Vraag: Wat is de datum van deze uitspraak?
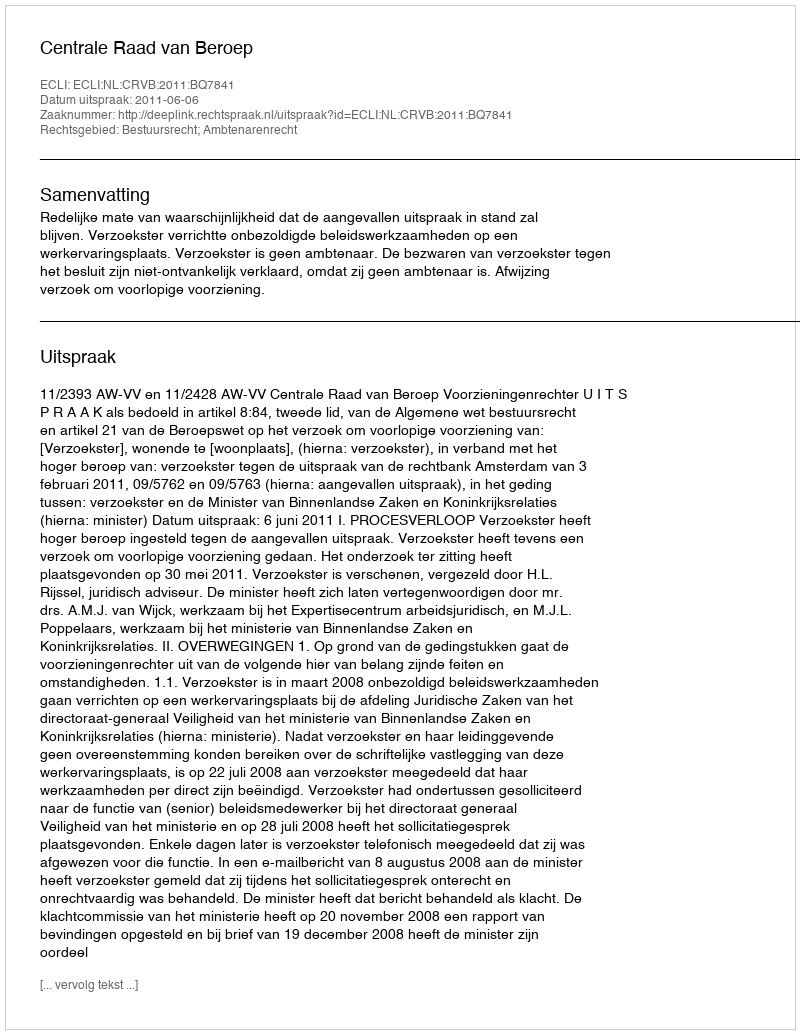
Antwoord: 2011-06-06